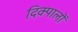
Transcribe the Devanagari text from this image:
दिक्पालों